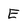
Character: E